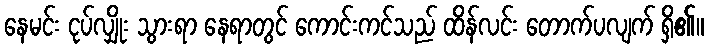
နေမင်း ငုပ်လျှိုး သွားရာ နေရာတွင် ကောင်းကင်သည် ထိန်လင်း တောက်ပလျက် ရှိ၏။